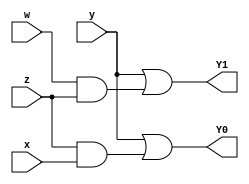
module rdm (input w,x,y,z,output Y1,Y0);
assign Y1 = y|(w&z);
assign Y0 = y|(z&x);
endmodule

module Rec_D (S1,S0,X1,X0);

input [32:0] S1;
input [32:0] S0;
output [32:0] X1;
output [32:0] X0;

wire [32:0] W1;
wire [32:0] W0;
wire [32:0] U1;
wire [32:0] U0;
wire [32:0] R1;
wire [32:0] R0;
wire [32:0] Q1;
wire [32:0] Q0;
wire [32:0] Y1;
wire [32:0] Y0;

rdm rd1(S1[31],S0[31],S1[32],S0[32],W1[32],W0[32]);
rdm rd2(S1[30],S0[30],S1[31],S0[31],W1[31],W0[31]);
rdm rd3(S1[29],S0[29],S1[30],S0[30],W1[30],W0[30]);
rdm rd4(S1[28],S0[28],S1[29],S0[29],W1[29],W0[29]);
rdm rd5(S1[27],S0[27],S1[28],S0[28],W1[28],W0[28]);
rdm rd6(S1[26],S0[26],S1[27],S0[27],W1[27],W0[27]);
rdm rd7(S1[25],S0[25],S1[26],S0[26],W1[26],W0[26]);
rdm rd8(S1[24],S0[24],S1[25],S0[25],W1[25],W0[25]);
rdm rd9(S1[23],S0[23],S1[24],S0[24],W1[24],W0[24]);
rdm rd10(S1[22],S0[22],S1[23],S0[23],W1[23],W0[23]);
rdm rd11(S1[21],S0[21],S1[22],S0[22],W1[22],W0[22]);
rdm rd12(S1[20],S0[20],S1[21],S0[21],W1[21],W0[21]);
rdm rd13(S1[19],S0[19],S1[20],S0[20],W1[20],W0[20]);
rdm rd14(S1[18],S0[18],S1[19],S0[19],W1[19],W0[19]);
rdm rd15(S1[17],S0[17],S1[18],S0[18],W1[18],W0[18]);
rdm rd16(S1[16],S0[16],S1[17],S0[17],W1[17],W0[17]);
rdm rd17(S1[15],S0[15],S1[16],S0[16],W1[16],W0[16]);
rdm rd18(S1[14],S0[14],S1[15],S0[15],W1[15],W0[15]);
rdm rd19(S1[13],S0[13],S1[14],S0[14],W1[14],W0[14]);
rdm rd20(S1[12],S0[12],S1[13],S0[13],W1[13],W0[13]);
rdm rd21(S1[11],S0[11],S1[12],S0[12],W1[12],W0[12]);
rdm rd22(S1[10],S0[10],S1[11],S0[11],W1[11],W0[11]);
rdm rd23(S1[9],S0[9],S1[10],S0[10],W1[10],W0[10]);
rdm rd24(S1[8],S0[8],S1[9],S0[9],W1[9],W0[9]);
rdm rd25(S1[7],S0[7],S1[8],S0[8],W1[8],W0[8]);
rdm rd26(S1[6],S0[6],S1[7],S0[7],W1[7],W0[7]);
rdm rd27(S1[5],S0[5],S1[6],S0[6],W1[6],W0[6]);
rdm rd28(S1[4],S0[4],S1[5],S0[5],W1[5],W0[5]);
rdm rd29(S1[3],S0[3],S1[4],S0[4],W1[4],W0[4]);
rdm rd30(S1[2],S0[2],S1[3],S0[3],W1[3],W0[3]);
rdm rd31(S1[1],S0[1],S1[2],S0[2],W1[2],W0[2]);
rdm rd310(S1[0],S0[0],S1[1],S0[1],W1[1],W0[1]);

assign W1[0]=S1[0];
assign W0[0]=S0[0];


rdm rd32 (W1[30],W0[30],W1[32],W0[32],U1[32],U0[32]);
rdm rd33 (W1[29],W0[29],W1[31],W0[31],U1[31],U0[31]);
rdm rd34 (W1[28],W0[28],W1[30],W0[30],U1[30],U0[30]);
rdm rd35 (W1[27],W0[27],W1[29],W0[29],U1[29],U0[29]);
rdm rd36 (W1[26],W0[26],W1[28],W0[28],U1[28],U0[28]);
rdm rd37 (W1[25],W0[25],W1[27],W0[27],U1[27],U0[27]);
rdm rd38 (W1[24],W0[24],W1[26],W0[26],U1[26],U0[26]);
rdm rd39 (W1[23],W0[23],W1[25],W0[25],U1[25],U0[25]);
rdm rd40 (W1[22],W0[22],W1[24],W0[24],U1[24],U0[24]);
rdm rd41 (W1[21],W0[21],W1[23],W0[23],U1[23],U0[23]);
rdm rd42 (W1[20],W0[20],W1[22],W0[22],U1[22],U0[22]);
rdm rd43 (W1[19],W0[19],W1[21],W0[21],U1[21],U0[21]);
rdm rd44 (W1[18],W0[18],W1[20],W0[20],U1[20],U0[20]);
rdm rd45 (W1[17],W0[17],W1[19],W0[19],U1[19],U0[19]);
rdm rd46 (W1[16],W0[16],W1[18],W0[18],U1[18],U0[18]);
rdm rd47 (W1[15],W0[15],W1[17],W0[17],U1[17],U0[17]);
rdm rd48 (W1[14],W0[14],W1[16],W0[16],U1[16],U0[16]);
rdm rd49 (W1[13],W0[13],W1[15],W0[15],U1[15],U0[15]);
rdm rd50 (W1[12],W0[12],W1[14],W0[14],U1[14],U0[14]);
rdm rd51 (W1[11],W0[11],W1[13],W0[13],U1[13],U0[13]);
rdm rd52 (W1[10],W0[10],W1[12],W0[12],U1[12],U0[12]);
rdm rd53 (W1[9],W0[9],W1[11],W0[11],U1[11],U0[11]);
rdm rd54 (W1[8],W0[8],W1[10],W0[10],U1[10],U0[10]);
rdm rd55 (W1[7],W0[7],W1[9],W0[9],U1[9],U0[9]);
rdm rd56 (W1[6],W0[6],W1[8],W0[8],U1[8],U0[8]);
rdm rd57 (W1[5],W0[5],W1[7],W0[7],U1[7],U0[7]);
rdm rd58 (W1[4],W0[4],W1[6],W0[6],U1[6],U0[6]);
rdm rd59 (W1[3],W0[3],W1[5],W0[5],U1[5],U0[5]);
rdm rd60 (W1[2],W0[2],W1[4],W0[4],U1[4],U0[4]);
rdm rd61 (W1[1],W0[1],W1[3],W0[3],U1[3],U0[3]);
rdm rd62 (W1[0],W0[0],W1[2],W0[2],U1[2],U0[2]);

assign U1[0]=W1[0];
assign U0[0]=W0[0];
assign U1[1]=W1[1];
assign U0[1]=W0[1];


rdm rd63(U1[28],U0[28],U1[32],U0[32],R1[32],R0[32]);
rdm rd64(U1[27],U0[27],U1[31],U0[31],R1[31],R0[31]);
rdm rd65(U1[26],U0[26],U1[30],U0[30],R1[30],R0[30]);
rdm rd66(U1[25],U0[25],U1[29],U0[29],R1[29],R0[29]);
rdm rd67(U1[24],U0[24],U1[28],U0[28],R1[28],R0[28]);
rdm rd68(U1[23],U0[23],U1[27],U0[27],R1[27],R0[27]);
rdm rd69(U1[22],U0[22],U1[26],U0[26],R1[26],R0[26]);
rdm rd70(U1[21],U0[21],U1[25],U0[25],R1[25],R0[25]);
rdm rd71(U1[20],U0[20],U1[24],U0[24],R1[24],R0[24]);
rdm rd72(U1[19],U0[19],U1[23],U0[23],R1[23],R0[23]);
rdm rd73(U1[18],U0[18],U1[22],U0[22],R1[22],R0[22]);
rdm rd74(U1[17],U0[17],U1[21],U0[21],R1[21],R0[21]);
rdm rd75(U1[16],U0[16],U1[20],U0[20],R1[20],R0[20]);
rdm rd76(U1[15],U0[15],U1[19],U0[19],R1[19],R0[19]);
rdm rd77(U1[14],U0[14],U1[18],U0[18],R1[18],R0[18]);
rdm rd78(U1[13],U0[13],U1[17],U0[17],R1[17],R0[17]);
rdm rd79(U1[12],U0[12],U1[16],U0[16],R1[16],R0[16]);
rdm rd80(U1[11],U0[11],U1[15],U0[15],R1[15],R0[15]);
rdm rd81(U1[10],U0[10],U1[14],U0[14],R1[14],R0[14]);
rdm rd82(U1[9],U0[9],U1[13],U0[13],R1[13],R0[13]);
rdm rd83(U1[8],U0[8],U1[12],U0[12],R1[12],R0[12]);
rdm rd84(U1[7],U0[7],U1[11],U0[11],R1[11],R0[11]);
rdm rd85(U1[6],U0[6],U1[10],U0[10],R1[10],R0[10]);
rdm rd86(U1[5],U0[5],U1[9],U0[9],R1[9],R0[9]);
rdm rd87(U1[4],U0[4],U1[8],U0[8],R1[8],R0[8]);
rdm rd88(U1[3],U0[3],U1[7],U0[7],R1[7],R0[7]);
rdm rd89(U1[2],U0[2],U1[6],U0[6],R1[6],R0[6]);
rdm rd90(U1[1],U0[1],U1[5],U0[5],R1[5],R0[5]);
rdm rd91(U1[0],U0[0],U1[4],U0[4],R1[4],R0[4]);

assign R1[0]=U1[0];
assign R0[0]=U0[0];
assign R1[1]=U1[1];
assign R0[1]=U0[1];
assign R1[2]=U1[2];
assign R0[2]=U0[2];
assign R1[3]=U1[3];
assign R0[3]=U0[3];


rdm rd92(R1[24],R0[24],R1[32],R0[32],Y1[32],Y0[32]);
rdm rd93(R1[23],R0[23],R1[31],R0[31],Y1[31],Y0[31]);
rdm rd94(R1[22],R0[22],R1[30],R0[30],Y1[30],Y0[30]);
rdm rd95(R1[21],R0[21],R1[29],R0[29],Y1[29],Y0[29]);
rdm rd96(R1[20],R0[20],R1[28],R0[28],Y1[28],Y0[28]);
rdm rd97(R1[19],R0[19],R1[27],R0[27],Y1[27],Y0[27]);
rdm rd98(R1[18],R0[18],R1[26],R0[26],Y1[26],Y0[26]);
rdm rd100(R1[17],R0[17],R1[25],R0[25],Y1[25],Y0[25]);
rdm rd101(R1[16],R0[16],R1[24],R0[24],Y1[24],Y0[24]);
rdm rd102(R1[15],R0[15],R1[23],R0[23],Y1[23],Y0[23]);
rdm rd103(R1[14],R0[14],R1[22],R0[22],Y1[22],Y0[22]);
rdm rd104(R1[13],R0[13],R1[21],R0[21],Y1[21],Y0[21]);
rdm rd105(R1[12],R0[12],R1[20],R0[20],Y1[20],Y0[20]);
rdm rd106(R1[11],R0[11],R1[19],R0[19],Y1[19],Y0[19]);
rdm rd107(R1[10],R0[10],R1[18],R0[18],Y1[18],Y0[18]);
rdm rd108(R1[9],R0[9],R1[17],R0[17],Y1[17],Y0[17]);
rdm rd109(R1[8],R0[8],R1[16],R0[16],Y1[16],Y0[16]);
rdm rd113(R1[7],R0[7],R1[15],R0[15],Y1[15],Y0[15]); 
rdm rd114(R1[6],R0[6],R1[14],R0[14],Y1[14],Y0[14]); 
rdm rd115(R1[5],R0[5],R1[13],R0[13],Y1[13],Y0[13]); 
rdm rd116(R1[4],R0[4],R1[12],R0[12],Y1[12],Y0[12]); 
rdm rd117(R1[3],R0[3],R1[11],R0[11],Y1[11],Y0[11]); 
rdm rd118(R1[2],R0[2],R1[10],R0[10],Y1[10],Y0[10]); 
rdm rd119(R1[1],R0[1],R1[9],R0[9],Y1[9],Y0[9]); 
rdm rd120(R1[0],R0[0],R1[8],R0[8],Y1[8],Y0[8]);  

assign Y1[0]=R1[0];
assign Y0[0]=R0[0];
assign Y1[1]=R1[1];
assign Y0[1]=R0[1];
assign Y1[2]=R1[2];
assign Y0[2]=R0[2];
assign Y1[3]=R1[3];
assign Y0[3]=R0[3];
assign Y1[4]=R1[4];
assign Y0[4]=R0[4];
assign Y1[5]=R1[5];
assign Y0[5]=R0[5];
assign Y1[6]=R1[6];
assign Y0[6]=R0[6];
assign Y1[7]=R1[7];
assign Y0[7]=R0[7];


rdm rd121(Y1[16],Y0[16],Y1[32],Y0[32],X1[32],X0[32]);
rdm rd122(Y1[15],Y0[15],Y1[31],Y0[31],X1[31],X0[31]);
rdm rd123(Y1[14],Y0[14],Y1[30],Y0[30],X1[30],X0[30]);
rdm rd124(Y1[13],Y0[13],Y1[29],Y0[29],X1[29],X0[29]);
rdm rd125(Y1[12],Y0[12],Y1[28],Y0[28],X1[28],X0[28]);
rdm rd126(Y1[11],Y0[11],Y1[27],Y0[27],X1[27],X0[27]);
rdm rd127(Y1[10],Y0[10],Y1[26],Y0[26],X1[26],X0[26]);
rdm rd128(Y1[9],Y0[9],Y1[25],Y0[25],X1[25],X0[25]);
rdm rd129(Y1[8],Y0[8],Y1[24],Y0[24],X1[24],X0[24]);
rdm rd130(Y1[7],Y0[7],Y1[23],Y0[23],X1[23],X0[23]);
rdm rd131(Y1[6],Y0[6],Y1[22],Y0[22],X1[22],X0[22]);
rdm rd132(Y1[5],Y0[5],Y1[21],Y0[21],X1[21],X0[21]);
rdm rd133(Y1[4],Y0[4],Y1[20],Y0[20],X1[20],X0[20]);
rdm rd134(Y1[3],Y0[3],Y1[19],Y0[19],X1[19],X0[19]);
rdm rd135(Y1[2],Y0[2],Y1[18],Y0[18],X1[18],X0[18]);
rdm rd136(Y1[1],Y0[1],Y1[17],Y0[17],X1[17],X0[17]);
rdm rd137(Y1[0],Y0[0],Y1[16],Y0[16],X1[16],X0[16]);

assign X1[0]=Y1[0];
assign X0[0]=Y0[0];
assign X1[1]=Y1[1];
assign X0[1]=Y0[1];
assign X1[2]=Y1[2];
assign X0[2]=Y0[2];
assign X1[3]=Y1[3];
assign X0[3]=Y0[3];
assign X1[4]=Y1[4];
assign X0[4]=Y0[4];
assign X1[5]=Y1[5];
assign X0[5]=Y0[5];
assign X1[6]=Y1[6];
assign X0[6]=Y0[6];
assign X1[7]=Y1[7];
assign X0[7]=Y0[7];
assign X1[8]=Y1[8];
assign X0[8]=Y0[8];
assign X1[9]=Y1[9];
assign X0[9]=Y0[9];
assign X1[10]=Y1[10];
assign X0[10]=Y0[10];
assign X1[11]=Y1[11];
assign X0[11]=Y0[11];
assign X1[12]=Y1[12];
assign X0[12]=Y0[12];
assign X1[13]=Y1[13];
assign X0[13]=Y0[13];
assign X1[14]=Y1[14];
assign X0[14]=Y0[14];
assign X1[15]=Y1[15];
assign X0[15]=Y0[15];

endmodule